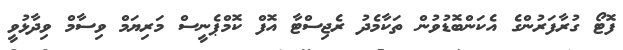
ފޮޓޯ ގުރާފަރުންގެ އެކަންބޮޑުވުން ތަކާމެދު ރެޖިސްޓާ އޮފް ކޮމްޕެނީސް މަރިޔަމް ވިސާމް ވިދާޅުވީ